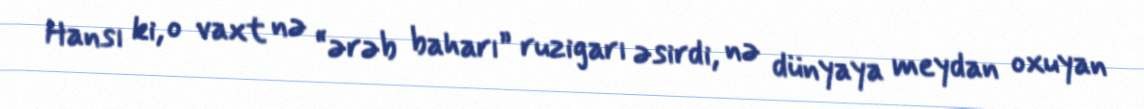
Hansı ki, o vaxt nə “ərəb baharı” ruzigarı əsirdi, nə dünyaya meydan oxuyan